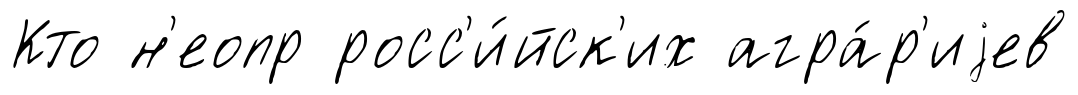
Кто н'еопр росс'и́йск'их агра́р'иjев